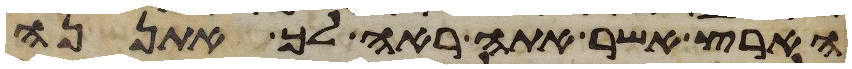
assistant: הארץ אשר אתה ראה לך אתננה